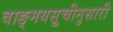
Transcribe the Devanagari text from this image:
वाङ्मयसूचीनुसारी